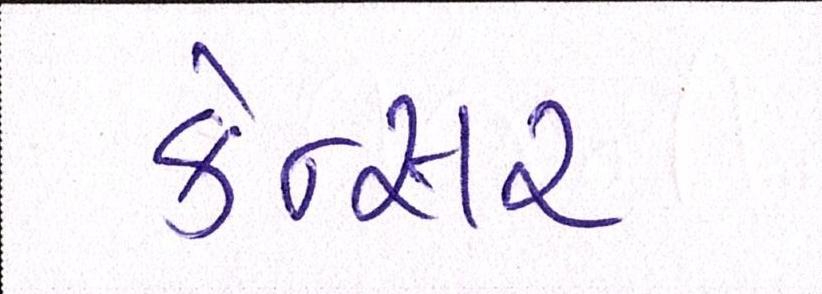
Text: કેન્સર